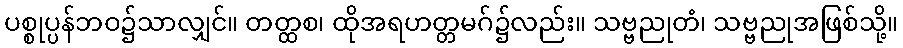
ပစ္စုပ္ပန်ဘဝ၌သာလျှင်။ တတ္ထစ၊ ထိုအရဟတ္တမဂ်၌လည်း။ သဗ္ဗညုတံ၊ သဗ္ဗညုအဖြစ်သို့။